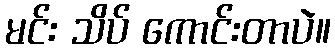
မင်း သိပ် ကောင်းတာပဲ။